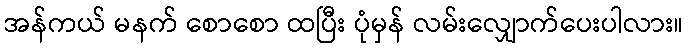
အန်ကယ် မနက် စောစော ထပြီး ပုံမှန် လမ်းလျှောက်ပေးပါလား။